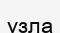
узла